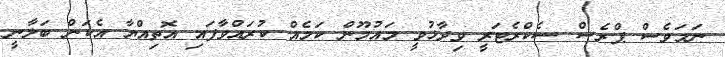
ނަމަވެސް ޕްރެސް ސެކްރެޓަރީ ވިދާޅުވީ މައުމޫން ކަމެއް ކުރައްވާފައި އޮތިއްޔާ އެކަން ބަލާނީ